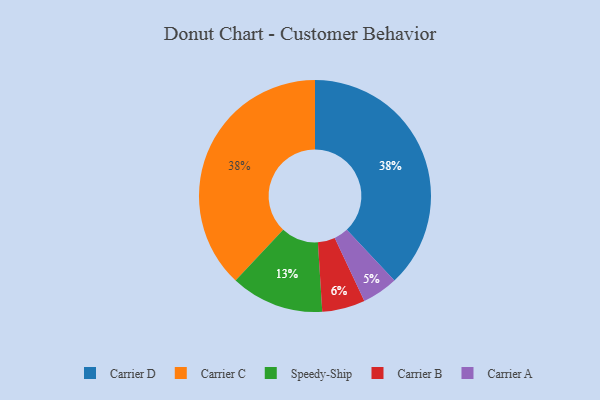
{"axis": {"x": "Category", "y": "Percentage"}, "legend": ["Carrier A", "Carrier B", "Carrier C", "Carrier D", "Speedy-Ship"], "data": [{"x": "Carrier A", "y": 5, "type": "Carrier A"}, {"x": "Carrier B", "y": 6, "type": "Carrier B"}, {"x": "Speedy-Ship", "y": 13, "type": "Speedy-Ship"}, {"x": "Carrier D", "y": 38, "type": "Carrier D"}, {"x": "Carrier C", "y": 38, "type": "Carrier C"}]}